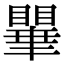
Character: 𭿥